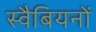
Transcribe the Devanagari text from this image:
स्वैबियनों